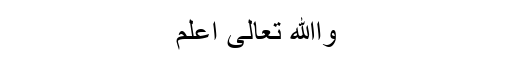
واﷲ تعالیٰ اعلم